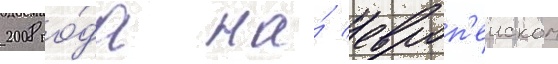
2008 го́да на́ европ'еиском